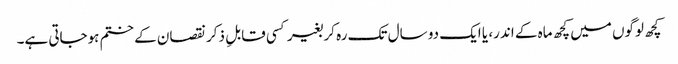
کچھ لوگوں میں کچھ ماہ کے اندر، یا ایک دو سال تک رہ کر بغیر کسی قابلِ ذکر نقصان کے ختم ہوجاتی ہے۔